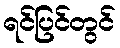
ရင်ပြင်တွင်